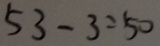
5 3 - 3 = 5 0